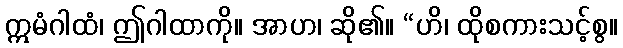
ဣမံဂါထံ၊ ဤဂါထာကို။ အာဟ၊ ဆို၏။ “ဟိ၊ ထိုစကားသင့်စွ။